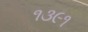
૧૩૯૧